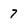
Character: 7